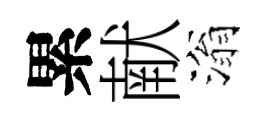
累献滃